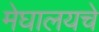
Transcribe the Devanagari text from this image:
मेघालयचे